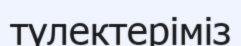
түлектеріміз